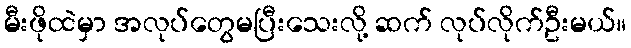
မီးဖိုထဲမှာ အလုပ်တွေမပြီးသေးလို့ ဆက် လုပ်လိုက်ဦးမယ်။